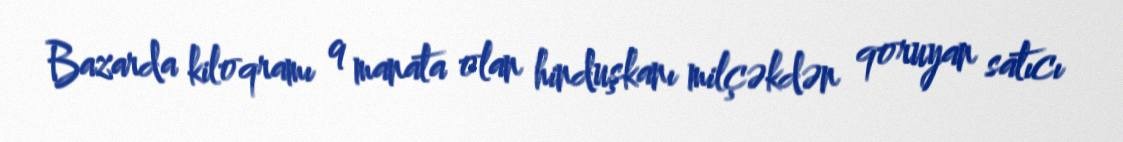
Bazarda kiloqramı 9 manata olan hinduşkanı milçəkdən qoruyan satıcı